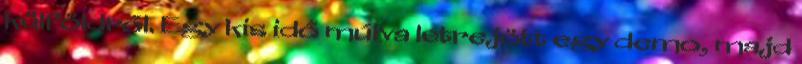
külföldről. Egy kis idő múlva létrejött egy demo, majd